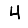
Digit: 4